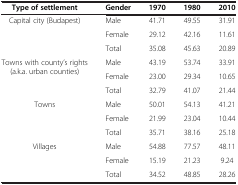
<table><thead><tr><td><b>Type of settlement</b></td><td><b>Gender</b></td><td><b>1970</b></td><td><b>1980</b></td><td><b>2010</b></td></tr></thead><tbody><tr><td rowspan="3">Capital city (Budapest)</td><td>Male</td><td>41.71</td><td>49.55</td><td>31.91</td></tr><tr><td>Female</td><td>29.12</td><td>42.16</td><td>11.61</td></tr><tr><td>Total</td><td>35.08</td><td>45.63</td><td>20.89</td></tr><tr><td rowspan="3">Towns with county’s rights (a.k.a. urban counties)</td><td>Male</td><td>43.19</td><td>53.74</td><td>33.91</td></tr><tr><td>Female</td><td>23.00</td><td>29.34</td><td>10.65</td></tr><tr><td>Total</td><td>32.79</td><td>41.07</td><td>21.44</td></tr><tr><td rowspan="3">Towns</td><td>Male</td><td>50.01</td><td>54.13</td><td>41.21</td></tr><tr><td>Female</td><td>21.99</td><td>23.04</td><td>10.44</td></tr><tr><td>Total</td><td>35.71</td><td>38.16</td><td>25.18</td></tr><tr><td rowspan="2">Villages</td><td>Male</td><td>54.88</td><td>77.57</td><td>48.11</td></tr><tr><td>Female</td><td>15.19</td><td>21.23</td><td>9.24</td></tr><tr><td> </td><td>Total</td><td>34.52</td><td>48.85</td><td>28.26</td></tr></tbody></table>